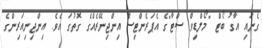
ގެނައި އާގު ބޯޓް "މޯލްޑިވް ސްޓާ"ގެ އެޕަރެންޓިސް އިންޖިނޭރެއްގެ ގޮތުގަ އެވެ. އިންޖިނިއަރިންގެ